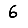
Digit: 6